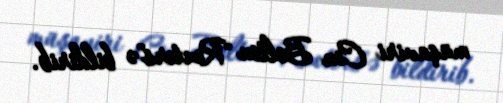
müşaviri Con Bolton "Reuters"ə bildirib.